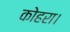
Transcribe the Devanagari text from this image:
कोहरा।